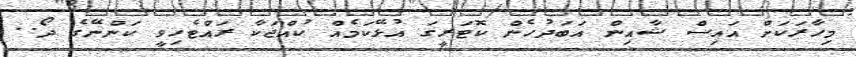
މިހާރަކަށް އައިސް ޝާއިން އަބަދުހެން ކޮޓަރީގަ އުޅޭކަމެއް ކުއްޖަކާ ރައްޓެހިވީ ކަންނޭގެ ދޯ..